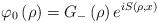
LaTeX: \begin{align*}\varphi_{0}\left( \rho\right) =G_{-}\left( \rho\right) e^{iS(\rho,x)}\end{align*}